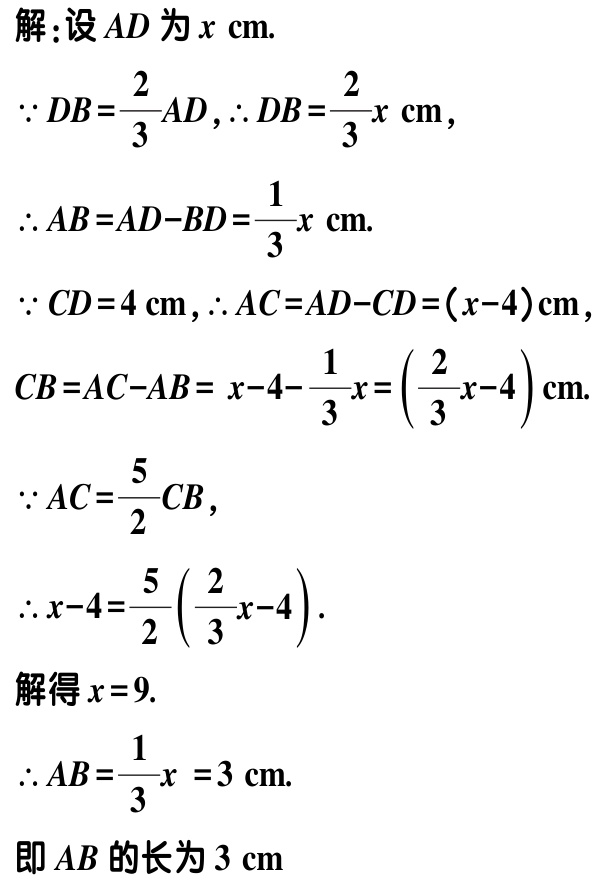
解：设 \(AD\) 为 \(x \text{ cm}\).

\(\because DB = \frac{2}{3}AD, \therefore DB=\frac{2}{3}x \text{ cm}\),

\(\therefore AB = AD - BD=\frac{1}{3}x \text{ cm}\).

\(\because CD = 4 \text{ cm}, \therefore AC = AD - CD=(x - 4)\text{ cm}\),

\(CB = AC - AB=x - 4-\frac{1}{3}x = (\frac{2}{3}x - 4)\text{ cm}\).

\(\because AC=\frac{5}{2}CB\),

\(\therefore x - 4=\frac{5}{2}(\frac{2}{3}x - 4)\).

解得 \(x = 9\).

\(\therefore AB=\frac{1}{3}x = 3 \text{ cm}\).

即 \(AB\) 的长为 \(3 \text{ cm}\)